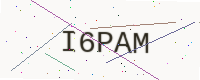
Text: I6PAM